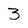
Character: 3